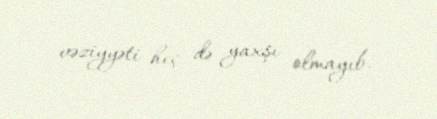
vəziyyəti heç də yaxşı olmayıb.